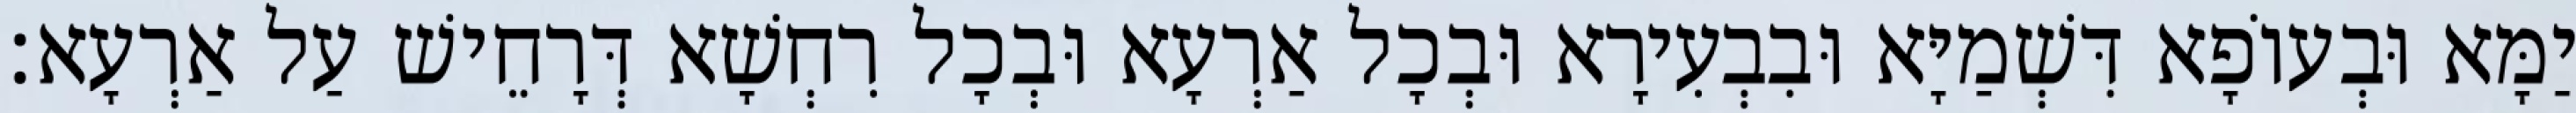
יַמָּא וּבְעוֹפָא דִּשְׁמַיָּא וּבִבְעִירָא וּבְכָל אַרְעָא וּבְכָל רִחְשָׁא דְּרָחֵישׁ עַל אַרְעָא׃